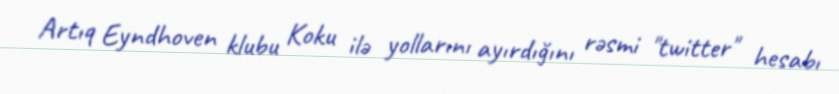
Artıq Eyndhoven klubu Koku ilə yollarını ayırdığını rəsmi "twitter" hesabı